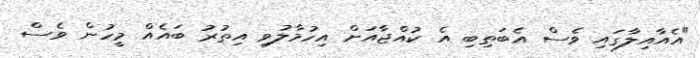
"އެއާއިލާގައި ވެސް އެބަތިބި އެ ކުއްޖާއަށް އިހުމާލުވި އިތުރު ބައެއް މީހުން ވެސް